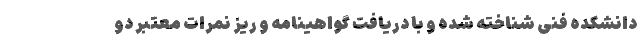
دانشکده فنی شناخته شده و با دریافت گواهینامه و ریز نمرات معتبر دو